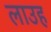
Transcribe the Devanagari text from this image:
लाउह